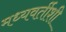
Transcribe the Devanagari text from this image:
मध्यवर्तीशी